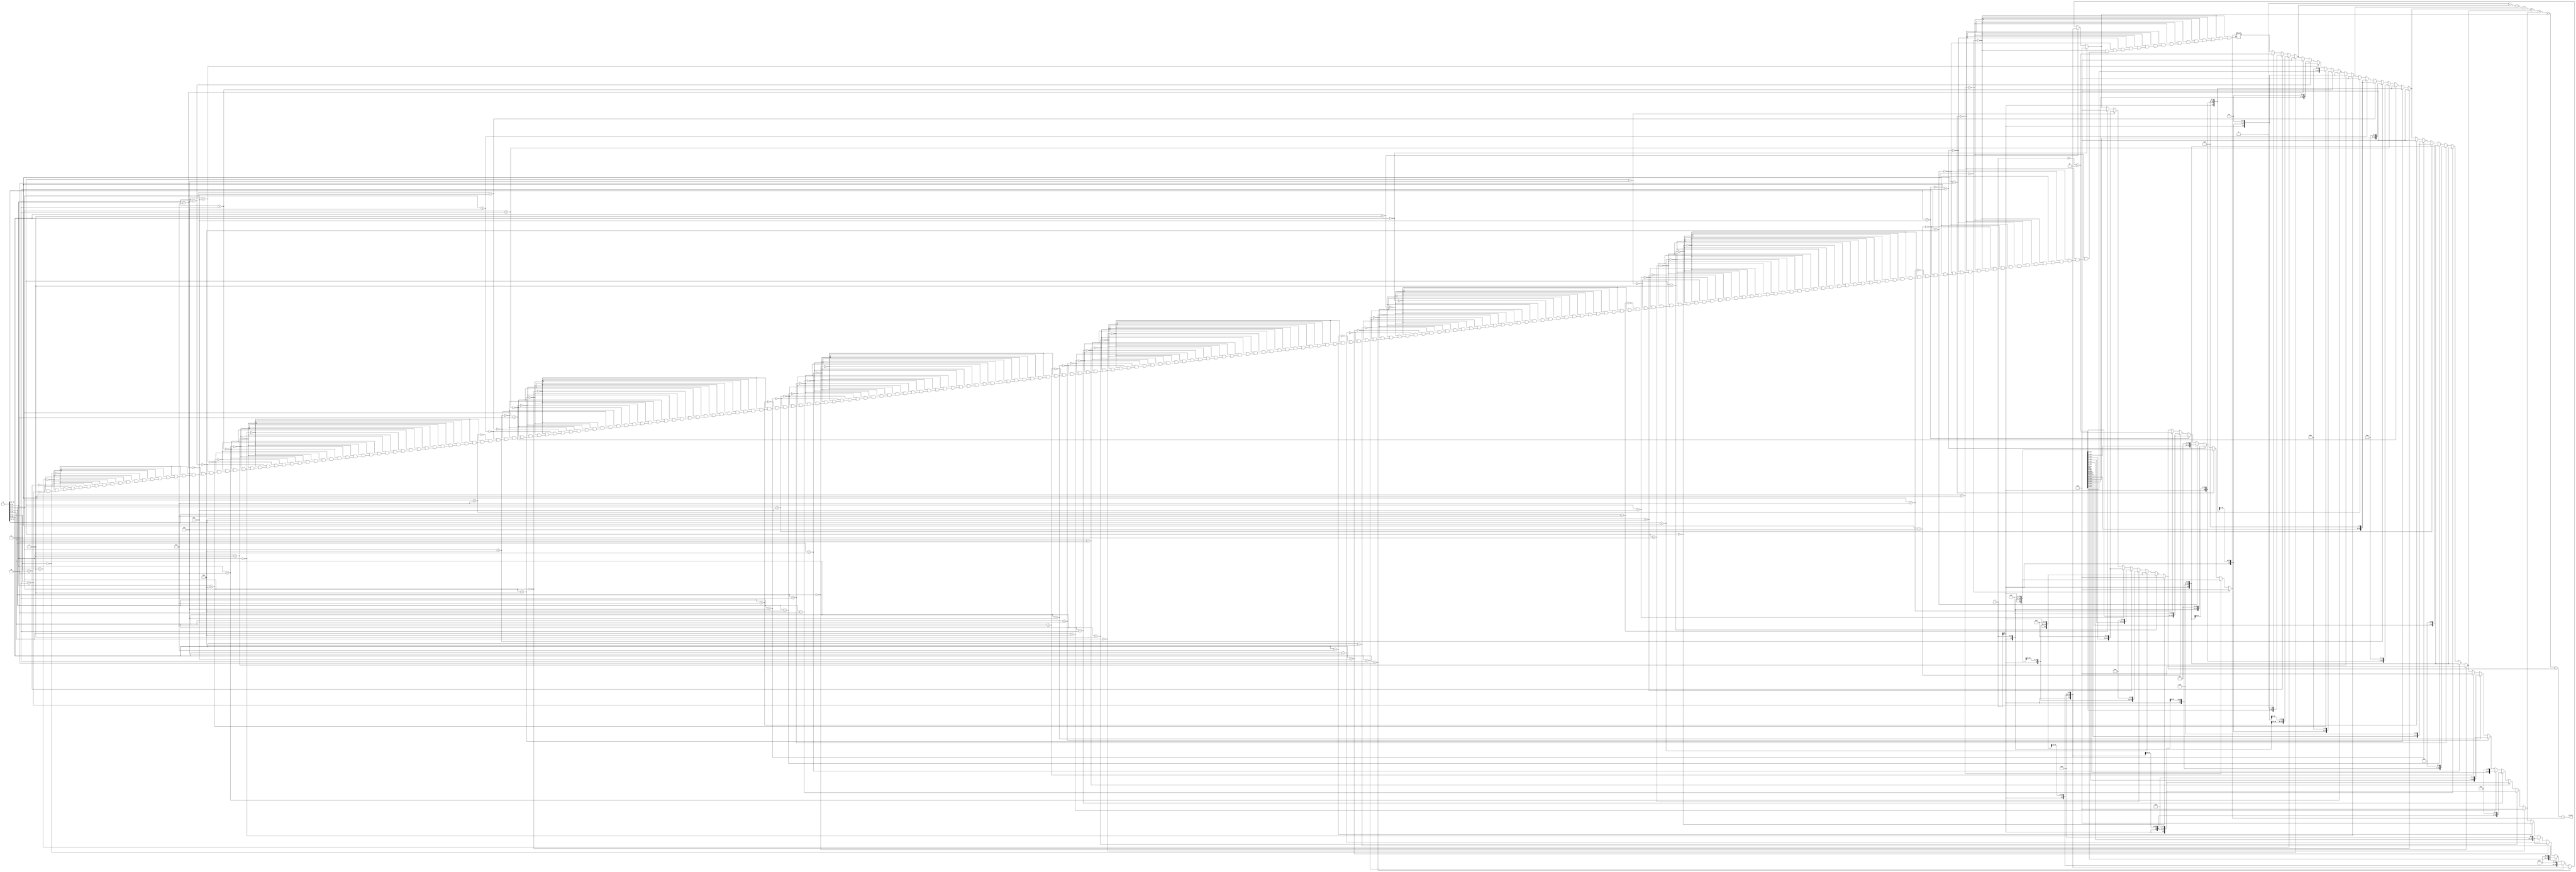
module multiplier(
    input signed [15:0] a,
    input signed [15:0] b,
    output reg signed [31:0] answer
);
    reg [31:0] sign_ext_a;
    reg signed [31:0] neg_a;
    reg signed [15:-1] new_b;

    reg [31:0] temp;

    integer i;
    integer j;
    always @(*) begin
        if (a[15] == 1'b0) begin
            sign_ext_a = {16'b0, a};
        end else begin
            sign_ext_a = {16'b1, a};
        end
        neg_a = ~a + 1;

        new_b = {b, 1'b0};
        // $display("neg_a = %d", neg_a);
        answer = 0;

        for (i = 0; i < 16; i = i + 2) begin
            if (new_b[(i + 1) -: 3] == 3'b000) begin
                temp = 0;
            end
            else if (new_b[(i + 1) -: 3] == 3'b001) begin
                temp = (a << i);
            end
            else if (new_b[(i + 1) -: 3] == 3'b010) begin
                temp = (a << i);
            end
            else if (new_b[(i + 1) -: 3] == 3'b011) begin
                temp = (a << (i + 1));
            end
            else if (new_b[(i + 1) -: 3] == 3'b100) begin
                temp = (neg_a << (i + 1));
            end
            else if (new_b[(i + 1) -: 3] == 3'b101) begin
                temp = (neg_a << i);
            end
            else if (new_b[(i + 1) -: 3] == 3'b110) begin
                temp = (neg_a << i);
            end
            else if (new_b[(i + 1) -: 3] == 3'b111) begin
                temp = 0;
            end

            // $display("temp = %d", temp);
            answer = answer + temp;
        end
    end
endmodule